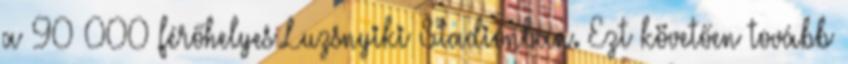
a 90 000 férőhelyes Luzsnyiki Stadionban. Ezt követően tovább